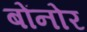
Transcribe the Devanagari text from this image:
बोंनोर